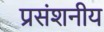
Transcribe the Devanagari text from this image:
प्रसंशनीय